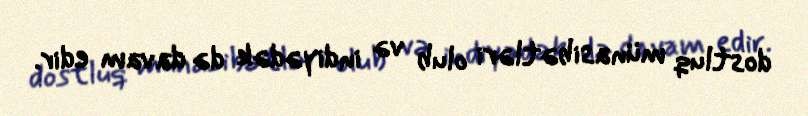
dostluq münasibətləri olub və indiyədək də davam edir.